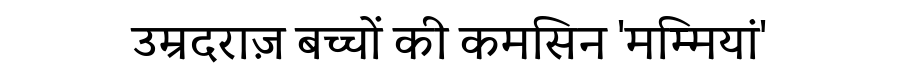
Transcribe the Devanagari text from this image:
उम्रदराज़ बच्चों की कमसिन 'मम्मियां'